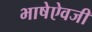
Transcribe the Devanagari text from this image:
भाषेऐवजी